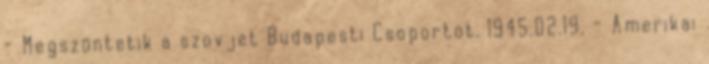
- Megszüntetik a szovjet Budapesti Csoportot. 1945.02.19. - Amerikai